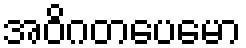
အဝိဂတပေမော